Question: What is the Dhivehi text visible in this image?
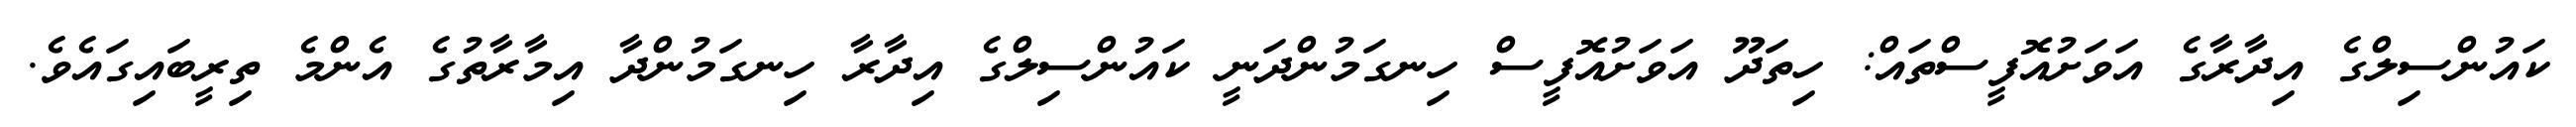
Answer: ކައުންސިލްގެ އިދާރާގެ އަވަށުއޮފީސްތައް: ހިތަދޫ އަވަށުއޮފީސް ހިނގަމުންދަނީ ކައުންސިލްގެ އިދާރާ ހިނގަމުންދާ އިމާރާތުގެ އެންމެ ތިރީބައިގައެވެ.